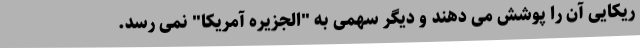
ریکایی آن را پوشش می دهند و دیگر سهمی به "الجزیره آمریکا" نمی رسد.